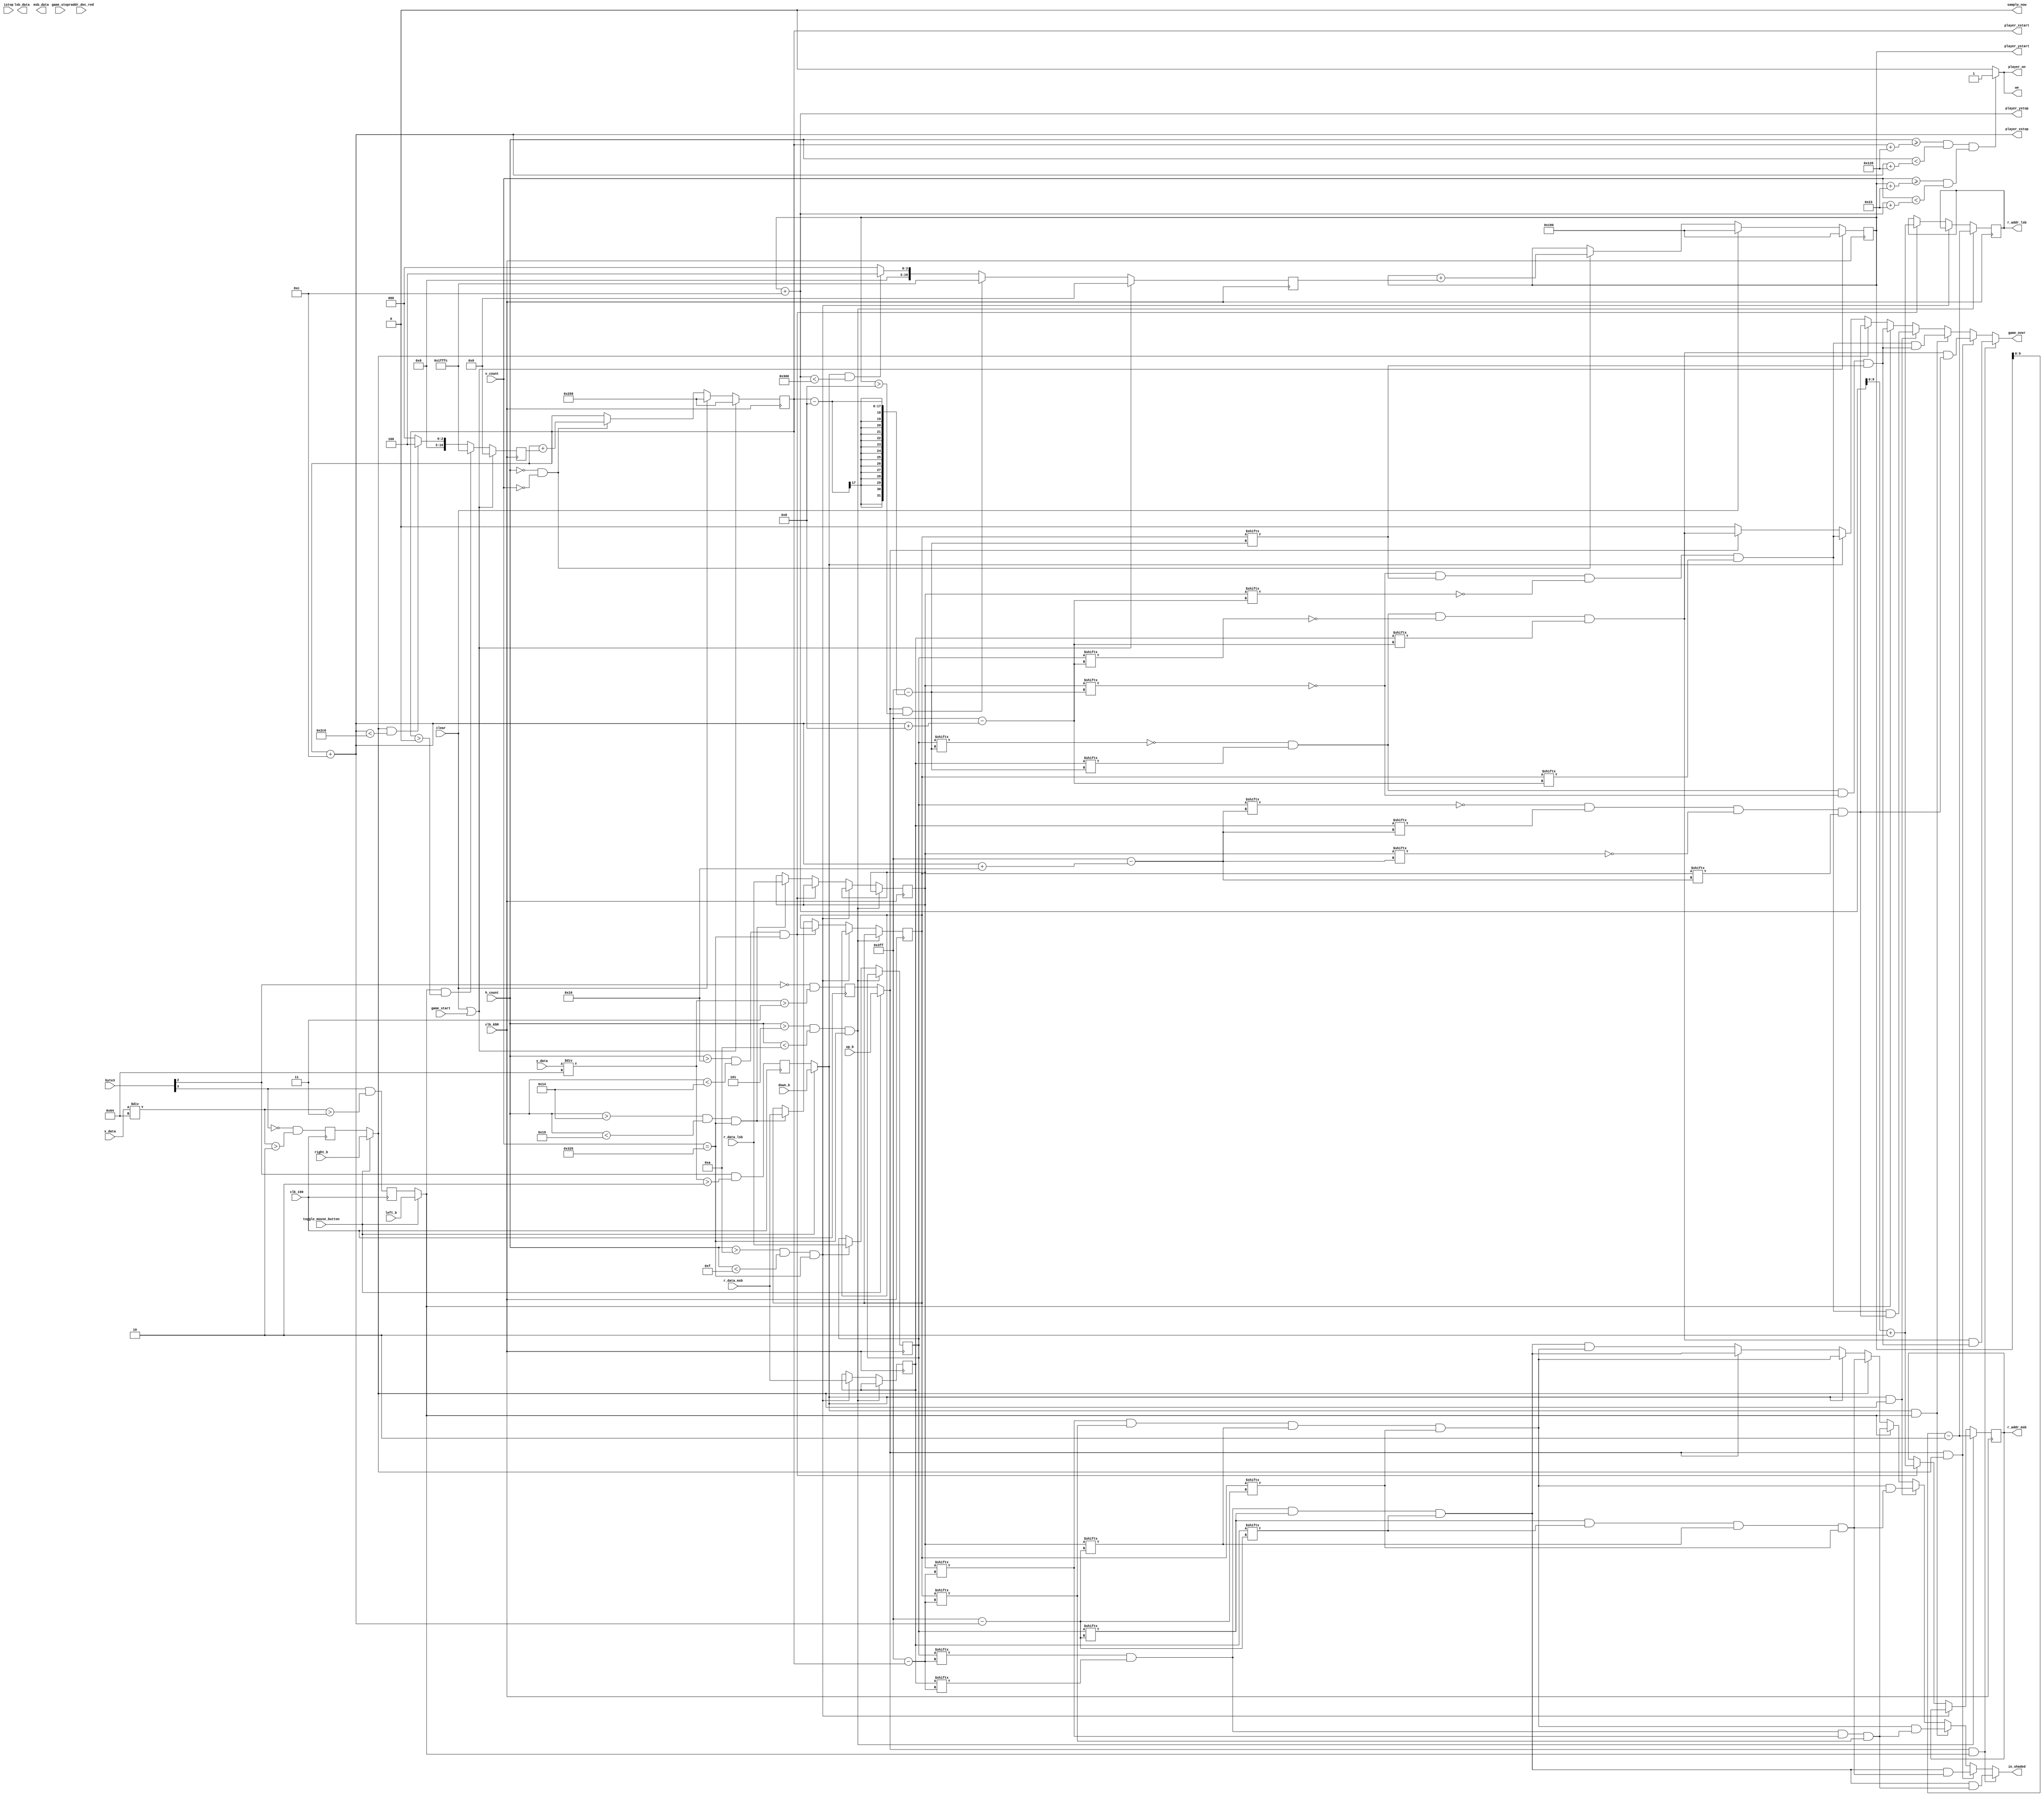
`timescale 1ns / 1ps

module player_on_module             //module for player movements 
(

    input clk_190,
    input toggle_mouse_button,
    

    input clk_65M, input up_b, input down_b, input right_b, input left_b, input clear, 
    
    input [16:0] h_count, input [16:0] v_count, input game_stop, input game_start,
    input [0:1023] r_data_lsb, r_data_msb,
    output reg [9:0] r_addr_lsb, r_addr_msb, 
    output reg player_on,output reg we, output reg in_shaded,
    input istop,
    output reg game_over,
    output [16:0] player_xstart,player_xstop,player_ystop,player_ystart,

    //correct data read in values hcount 1-500 , v_count =2
    //redline_shader over here
    input [9:0] raddr_dec_red ,
    output reg [0:1023] lsb_data,
    output reg [0:1023] msb_data,
    
    //mouse
    output sample_now,
    input [7:0] byte3,
    input [8:0] x_data,
    input [8:0] y_data
    //mouse
);



    parameter HPIXELS = 1344;
    parameter VLINES = 806;
    parameter HBP = 296;
    parameter HFP = 1320;
    parameter VBP = 35;
    parameter VFP = 803;
    parameter HSP = 136;
    parameter VSP = 6;
    parameter HSCREEN = 1024;
    parameter VSCREEN = 768;
    
    parameter XSTART_POSITION = 600;
    parameter YSTART_POSITION = 400;
    parameter PLAYER_SIZE = 12;
    parameter PLAYER_DEFAULT_VELOCITY = 4;

    //mouse givedirection

    reg [22:0] sample_counter=0;
    reg up_m,left_m,down_m,right_m;
    reg prev_sampler;
    
    reg [16:0] player_velocity_reg_x ;
    reg [16:0] player_velocity_reg_y ;
    reg [8:0] y_data_reg,x_data_reg;
    
    
    //////////////////////////////////////////////////////////////////////////////////////
    //MOUSE
    always@(posedge clk_190)
    begin
        up_m<=(byte3[2]==0) & ((y_data/100)>3);
        down_m<=byte3[2]==1 & ((y_data/100)>2);
        left_m<=byte3[3]==1 & ((x_data/100)>3);
        right_m<=byte3[3]==0 & ((x_data/100)>2);
        y_data_reg<=y_data/100;
        x_data_reg<=x_data/100;        
    end


    assign sample_now=(prev_sampler==0 && sample_counter[22]==1);
    ////////////////////////////////////////////////////////////////////////////////////


//MUX to choose between mouse and push buttons
    reg up,down,left,right;
    always @(*)
    begin
        if(toggle_mouse_button)
        begin
            up   <= up_b;
            down <= down_b;
            left <= left_b;
            right<= right_b; 
        end
        else
        begin
            up   <= up_m;
            down <= down_m;
            left <= left_m;
            right<= right_m; 
        end
    end

//    wire [16:0] player_xstart, player_ystart, player_xstop, player_ystop;
    always @(*)
    begin
        if (((h_count >= player_xstart+HBP) && (h_count < player_xstop+HBP)) && ((v_count >= player_ystart+VBP) && (v_count < player_ystop+VBP)))
            begin
                player_on = 1;
                we=1;
            end
        else
            begin
                player_on = 0;
                we=0;
            end
    end
    
    reg [0:1023] doutb1_up_lsb, doutb1_up_msb, doutb1_down_lsb, doutb1_down_msb;
//    wire [9:0] r_addr1_up_lsb, r_addr1_up_msb, r_addr1_down_lsb, r_addr1_down_msb;
    //reg [1:0] PS,NS;

    //read access - 1
    //fetching for finding in_shaded flag in 5-25 , 805//
    always @(posedge clk_65M)
    begin
        //read access-2 where is player ,in_shaded flag
        if(h_count >5 && h_count <10 && v_count==805)
            begin
                r_addr_msb <= player_ystart-2;
                r_addr_lsb <= player_ystart-2;
            end
        else if(h_count >10 && h_count <15 && v_count==805)
            begin
                doutb1_up_lsb <= r_data_lsb;
                doutb1_up_msb <= r_data_msb;
            end
        else if(h_count >16 && h_count <20 && v_count==805)
            begin
                r_addr_msb <= player_ystop+2;
                r_addr_lsb <= player_ystop+2;
            end
        else if(h_count >20 && h_count <25 && v_count==805)
            begin
                doutb1_down_lsb <= r_data_lsb;
                doutb1_down_msb <= r_data_msb;
            end 
    end

        
    reg gol,gor,god,gou;                

    //game over and if player is in shaded region
    always @(*)
    begin

        if(up & left)
        begin
            game_over=( ~doutb1_up_lsb[player_xstart-8] & doutb1_up_msb[player_xstart-8] & ~doutb1_up_lsb[player_xstop+8] & doutb1_up_msb[player_xstop+8])&
                (~doutb1_up_lsb[player_xstart-8] & doutb1_up_msb[player_xstart-8] & ~doutb1_down_lsb[player_xstart-8] & doutb1_down_msb[player_xstart -8] );
            in_shaded = ( doutb1_up_lsb[player_xstart] & doutb1_up_msb[player_xstart] &doutb1_up_lsb[player_xstop] & doutb1_up_msb[player_xstop])&
                (doutb1_up_lsb[player_xstart] & doutb1_up_msb[player_xstart] & doutb1_down_lsb[player_xstart] & doutb1_down_msb[player_xstart]);

        end
        else if(up & right)
        begin
            game_over=( ~doutb1_up_lsb[player_xstart-8] & doutb1_up_msb[player_xstart-8] & ~doutb1_up_lsb[player_xstop+8] & doutb1_up_msb[player_xstop+8])
                &(~doutb1_up_lsb[player_xstop+16] & doutb1_up_msb[player_xstop+16] & ~doutb1_down_lsb[player_xstop+16] & doutb1_down_msb[player_xstop+16]);
            in_shaded = ( doutb1_up_lsb[player_xstart] & doutb1_up_msb[player_xstart] &doutb1_up_lsb[player_xstop] & doutb1_up_msb[player_xstop])&
                (doutb1_up_lsb[player_xstop] & doutb1_up_msb[player_xstop] & doutb1_down_lsb[player_xstop] & doutb1_down_msb[player_xstop]);

        end
        else if(down && left)
        begin
            game_over=(~doutb1_down_lsb[player_xstart-8] & doutb1_down_msb[player_xstart-8] & ~doutb1_down_lsb[player_xstop+8] & doutb1_down_msb[player_xstop+8])&
                (~doutb1_up_lsb[player_xstart-8] & doutb1_up_msb[player_xstart-8] & ~doutb1_down_lsb[player_xstart-8] & doutb1_down_msb[player_xstart -8] );
            in_shaded =( doutb1_down_lsb[player_xstart] & doutb1_down_msb[player_xstart] &doutb1_down_lsb[player_xstop] & doutb1_down_msb[player_xstop])&
                (doutb1_up_lsb[player_xstart] & doutb1_up_msb[player_xstart] & doutb1_down_lsb[player_xstart] & doutb1_down_msb[player_xstart]); 

        end
        else if(down & right)
        begin
            game_over=(~doutb1_down_lsb[player_xstart-8] & doutb1_down_msb[player_xstart-8] & ~doutb1_down_lsb[player_xstop+8] & doutb1_down_msb[player_xstop+8])&
                (~doutb1_up_lsb[player_xstop+16] & doutb1_up_msb[player_xstop+16] & ~doutb1_down_lsb[player_xstop+16] & doutb1_down_msb[player_xstop+16]);
            
            in_shaded =( doutb1_down_lsb[player_xstart] & doutb1_down_msb[player_xstart] &doutb1_down_lsb[player_xstop] & doutb1_down_msb[player_xstop])&
                (doutb1_up_lsb[player_xstop] & doutb1_up_msb[player_xstop] & doutb1_down_lsb[player_xstop] & doutb1_down_msb[player_xstop]); 

        end


        else if(left)
            begin
                game_over =~doutb1_up_lsb[player_xstart-8] & doutb1_up_msb[player_xstart-8] & ~doutb1_down_lsb[player_xstart-8] & doutb1_down_msb[player_xstart -8] ;
                in_shaded = (doutb1_up_lsb[player_xstart] & doutb1_up_msb[player_xstart] & doutb1_down_lsb[player_xstart] & doutb1_down_msb[player_xstart]);
            end
        else if(right)
            begin
                in_shaded = (doutb1_up_lsb[player_xstop] & doutb1_up_msb[player_xstop] & doutb1_down_lsb[player_xstop] & doutb1_down_msb[player_xstop]);
                game_over= ~doutb1_up_lsb[player_xstop+16] & doutb1_up_msb[player_xstop+16] & ~doutb1_down_lsb[player_xstop+16] & doutb1_down_msb[player_xstop+16];
            end
        else if(down)
            begin
                in_shaded =( doutb1_down_lsb[player_xstart] & doutb1_down_msb[player_xstart] &doutb1_down_lsb[player_xstop] & doutb1_down_msb[player_xstop]); 
                game_over=(~doutb1_down_lsb[player_xstart-8] & doutb1_down_msb[player_xstart-8] & ~doutb1_down_lsb[player_xstop+8] & doutb1_down_msb[player_xstop+8]);
                           
            end
         else if(up)
             begin
                game_over=( ~doutb1_up_lsb[player_xstart-8] & doutb1_up_msb[player_xstart-8] & ~doutb1_up_lsb[player_xstop+8] & doutb1_up_msb[player_xstop+8]);
                in_shaded = ( doutb1_up_lsb[player_xstart] & doutb1_up_msb[player_xstart] &doutb1_up_lsb[player_xstop] & doutb1_up_msb[player_xstop]);
             end
         else
                begin
                    game_over=1'b0;
                    in_shaded= (doutb1_up_lsb[player_xstart] & doutb1_up_msb[player_xstart] & doutb1_up_lsb[player_xstop] & doutb1_up_msb[player_xstop])
                              & (doutb1_down_lsb[player_xstart] & doutb1_down_msb[player_xstart] &
                                doutb1_down_lsb[player_xstop] & doutb1_down_msb[player_xstop]);
                end
    end
                                
    //player con=rdinates
    reg [16:0] player_xstart_reg, player_ystart_reg, player_xstart_next, player_ystart_next;
    assign player_xstart = player_xstart_reg;
    assign player_xstop = player_xstart_reg + PLAYER_SIZE;
    assign player_ystart = player_ystart_reg;
    assign player_ystop = player_ystart_reg + PLAYER_SIZE;
    
    always @(posedge clk_65M)
    begin
        if (clear | game_start)
        begin
            player_xstart_reg <= XSTART_POSITION;
            player_ystart_reg <= YSTART_POSITION;
        end
        else
        begin
            player_xstart_reg <= player_xstart_next;
            player_ystart_reg <= player_ystart_next;
        end
    end
    
    wire refr_tick;
    assign refr_tick = ((h_count == 0) && (v_count == 0));
    
    reg [16:0] player_xstart_delta_reg, player_ystart_delta_reg;
    reg [16:0] player_xstart_delta_next, player_ystart_delta_next;
    
    always @(*)
    begin
        player_xstart_next = player_xstart_reg;
        if (clear)
            player_xstart_next = XSTART_POSITION;
        else if (refr_tick == 1)
            player_xstart_next = player_xstart_reg + player_xstart_delta_reg;
    end
    
    always @(*)
    begin
        player_ystart_next = player_ystart_reg;
        if (clear)
            player_ystart_next = YSTART_POSITION;
        else if (refr_tick == 1)
            player_ystart_next = player_ystart_reg + player_ystart_delta_reg;
    end
    
    always @(posedge clk_65M)
    begin
        if (clear | game_start) 
        begin
            player_xstart_delta_reg <= 0;
            player_ystart_delta_reg <= 0;
        end
        else
        begin
            player_xstart_delta_reg <= player_xstart_delta_next;
            player_ystart_delta_reg <= player_ystart_delta_next;
        end
    end
    
    //CODE EDITS FOR PLAYER//
    reg [16:0] player_velocity_reg = PLAYER_DEFAULT_VELOCITY;
    always @(*)
    begin
        player_xstart_delta_next = player_xstart_delta_reg;
        if (left && player_xstart>0)
            player_xstart_delta_next = -player_velocity_reg;  // go left until reaches boundary (X=0)
        else if (right && player_xstop<HSCREEN-320)
            player_xstart_delta_next = player_velocity_reg; // go right until boundary X=HSCREEN
        else
            player_xstart_delta_next = 0;                     // dont MOVE (if no key pressed or at boundary)
     end
    
    always @(*)
    begin
        player_ystart_delta_next = player_ystart_delta_reg;
        if (up && player_ystart>8)                                         //player go up till it reach (y=0)
            player_ystart_delta_next = -player_velocity_reg;                            
        else if (down && player_ystop<VSCREEN)                             // player keep going down till it reach VSCREEN
            player_ystart_delta_next = player_velocity_reg;                                       
        else 
            player_ystart_delta_next = 0;                                // else dont move
    end
    
endmodule